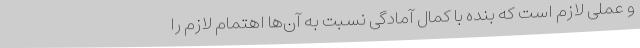
و عملی لازم است که بنده با کمال آمادگی نسبت به آن‌ها اهتمام لازم را